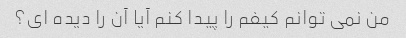
من نمی توانم کیفم را پیدا کنم آیا آن را دیده ای؟